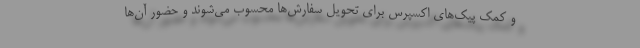
و کمک پیک‌های اکسپرس برای تحویل سفارش‌ها محسوب می‌شوند و حضور آن‌ها